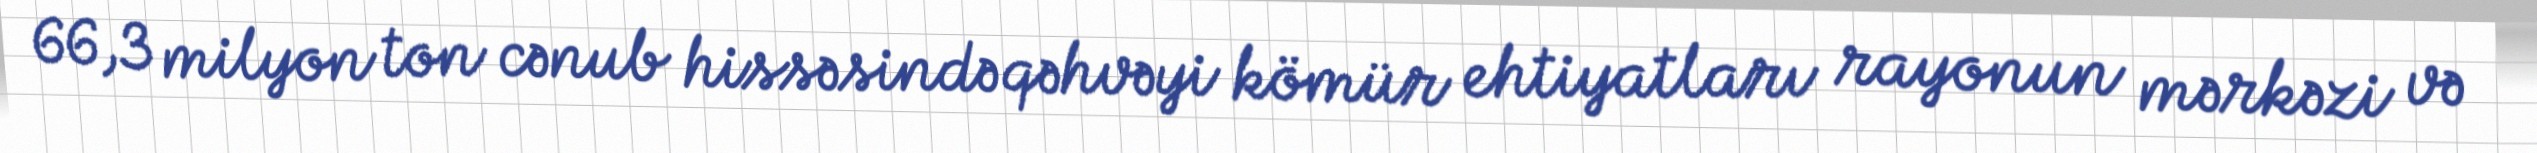
66,3 milyon ton cənub hissəsində qəhvəyi kömür ehtiyatları rayonun mərkəzi və